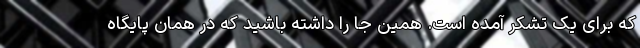
که برای یک تشکر آمده است. همین جا را داشته باشید که در همان پایگاه